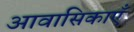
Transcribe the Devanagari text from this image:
आवासिकाएँ